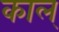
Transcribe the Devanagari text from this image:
काल्